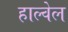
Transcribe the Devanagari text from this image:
हाल्वेल